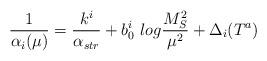
LaTeX: \begin{align*}\frac{1}{\alpha_i(\mu)}=\frac{k^i}{\alpha_{str}}+b_0^i~log\frac{M^2_{S}}{\mu^2}+\Delta_{i}(T^a)\end{align*}